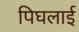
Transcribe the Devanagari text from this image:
पिघलाई